Lunatic asylums Central Provinces reports 1910-1926 - 1910-1926
Year: 1910
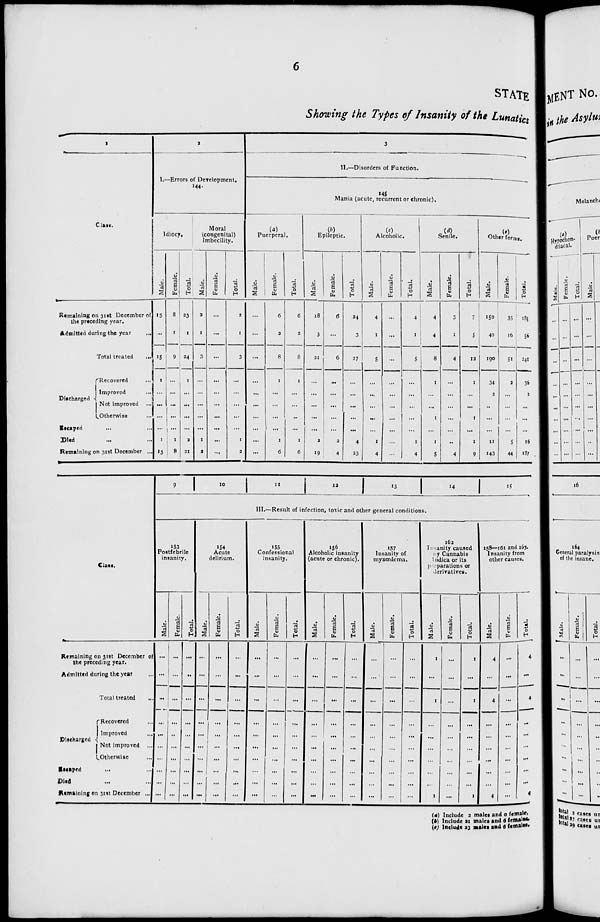
6
STATE
Showing the Types of Insanity of the Lunatics
1
Class.
Remaining on 31st December of
the preceding year.
Admitted during the year ...
Total treated ...
Discharged
Recovered ...
Improved ...
Not improved ...
Otherwise ...
Escaped ... ...
Died ... ...
Remaining on 31st December ...
2
I.—Errors of Development.
144.
Idiocy.
Male.
15
...
15
1
...
...
...
...
1
13
Female.
8
1
9
...
...
...
...
...
1
8
Total.
23
1
24
1
...
...
...
...
2
21
Moral
(congenital)
Imbecility.
Male.
2
1
3
...
...
...
...
...
1
2
Female.
...
...
...
...
...
...
...
...
...
...
Total.
2
1
3
...
...
...
...
...
1
2
3
II.—Disorders of Function.
145
Mania (acute, recurrent or chronic).
(a)
Puerperal.
Male.
...
...
...
...
...
...
...
...
...
...
Female.
6
3
8
1
...
...
...
...
1
6
Total.
6
3
8
1
...
...
...
...
1
6
(b)
Epileptic.
Male.
18
3
21
...
...
...
...
...
2
19
Female.
6
...
6
...
...
...
...
...
2
4
Total.
24
3
27
...
...
...
...
...
4
23
(c)
Alcoholic.
Male.
4
1
5
...
...
...
...
...
1
4
Female.
...
...
...
...
...
...
...
...
...
...
Total.
4
1
5
...
...
...
...
...
1
4
(d)
Senile.
Male.
4
4
8
1
...
...
1
...
1
5
Female.
3
1
4
...
...
...
...
...
...
4
Total.
7
5
12
1
...
...
1
...
1
9
(e)
Other forms.
Male.
150
40
190
34
2
...
...
...
11
143
Female.
35
16
51
2
...
...
...
...
5
44
Total.
185
56
241
36
2
...
...
...
16
187
Class.
Remaining on 31st December of
the preceding year.
Admitted during the year ...
Total treated ...
Discharged
Recovered ...
Improved ...
Not improved ...
Otherwise ...
Escaped ... ...
Died ... ...
Remaining on 31st December ...
9
10 11
12 13
14 15
III.—Result of infection, toxic and other general conditions.
153
Postfebrile
insanity.
Male.
...
...
...
...
...
...
...
...
...
...
Female.
...
...
...
...
...
...
...
...
...
...
Total.
...
...
...
...
...
...
...
...
...
...
154
Acute
delirium.
Male.
...
...
...
...
...
...
...
...
...
...
Female.
...
...
...
...
...
...
...
...
...
...
Total.
...
...
...
...
...
...
...
...
...
...
155
Confessional
insanity.
Male.
...
...
...
...
...
...
...
...
...
...
Female.
...
...
...
...
...
...
...
...
...
...
Total.
...
...
...
...
...
...
...
...
...
...
156
Alcoholic insanity
(acute or chronic).
Male.
...
...
...
...
...
...
...
...
...
...
Female.
...
...
...
...
...
...
...
...
...
...
Total.
...
...
...
...
...
...
...
...
... ...
157
Insanity of
myxœdema.
Male.
...
...
...
...
...
...
...
...
...
...
Female.
...
...
...
...
...
...
...
...
...
...
Total.
...
...
...
...
...
...
...
...
...
...
162
Insanity caused
by Cannabis
Indica or its
preparations or
derivatives.
Male.
1
...
1
...
...
...
...
...
...
1
Female.
...
...
...
...
...
...
...
...
...
...
Total.
1
...
1
...
...
...
...
...
...
1
158—161 and 163.
Insanity from
other causes.
Male.
4
...
4
...
...
...
...
...
...
4
Female.
...
...
...
...
...
...
...
...
...
...
Total.
4
...
4
...
...
...
...
...
...
4
(a) Include 2 males and 0 female,
(b) Include 21 males and 6 females,
(c) Include 23 males and 6 females,